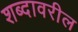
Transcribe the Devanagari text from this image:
शब्दावरील